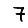
Digit: 7